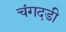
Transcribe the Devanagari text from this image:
चंगदडी